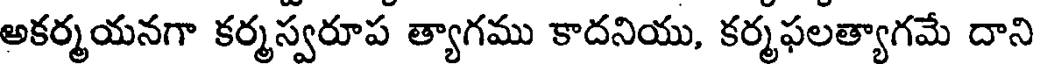
అకర్మయనగా కర్మస్వరూప త్యాగము కాదనియు, కర్మఫలత్యాగమే దాని